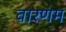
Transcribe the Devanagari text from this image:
वारणम